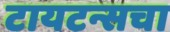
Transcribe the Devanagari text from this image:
टायटन्सचा